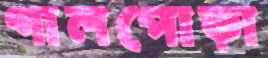
গালপোড়া